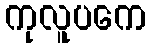
ကုလူပကေ